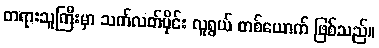
တရားသူကြီးမှာ သက်လတ်ပိုင်း လူရွယ် တစ်ယောက် ဖြစ်သည်။